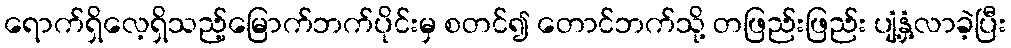
ရောက်ရှိလေ့ရှိသည့်မြောက်ဘက်ပိုင်းမှ စတင်၍ တောင်ဘက်သို့ တဖြည်းဖြည်း ပျံ့နှံ့လာခဲ့ပြီး